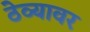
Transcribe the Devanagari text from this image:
ठेव्यावर